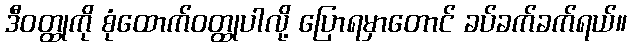
ဒီဝတ္ထုကို စုံထောက်ဝတ္ထုပါလို့ ပြောရမှာတောင် ခပ်ခက်ခက်ရယ်။